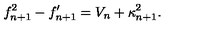
f _ { n + 1 } ^ { 2 } - f _ { n + 1 } ^ { \prime } = V _ { n } + \kappa _ { n + 1 } ^ { 2 } .